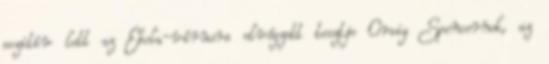
pozitív lett az Ebola-vírusra elvégzett tesztje Craig Spencernek, az